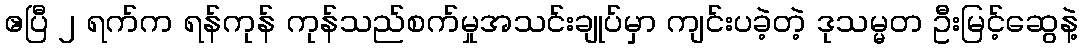
ဧပြီ ၂ ရက်က ရန်ကုန် ကုန်သည်စက်မှုအသင်းချုပ်မှာ ကျင်းပခဲ့တဲ့ ဒုသမ္မတ ဦးမြင့်ဆွေနဲ့